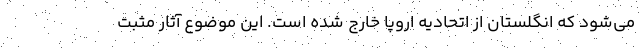
می‌شود که انگلستان از اتحادیه اروپا خارج شده است. این موضوع آثار مثبت